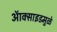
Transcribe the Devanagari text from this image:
ऑक्साइडमुळे